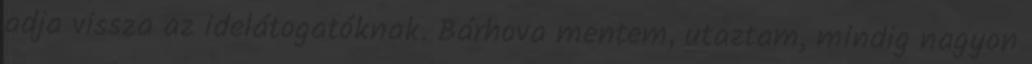
adja vissza az idelátogatóknak. Bárhova mentem, utaztam, mindig nagyon